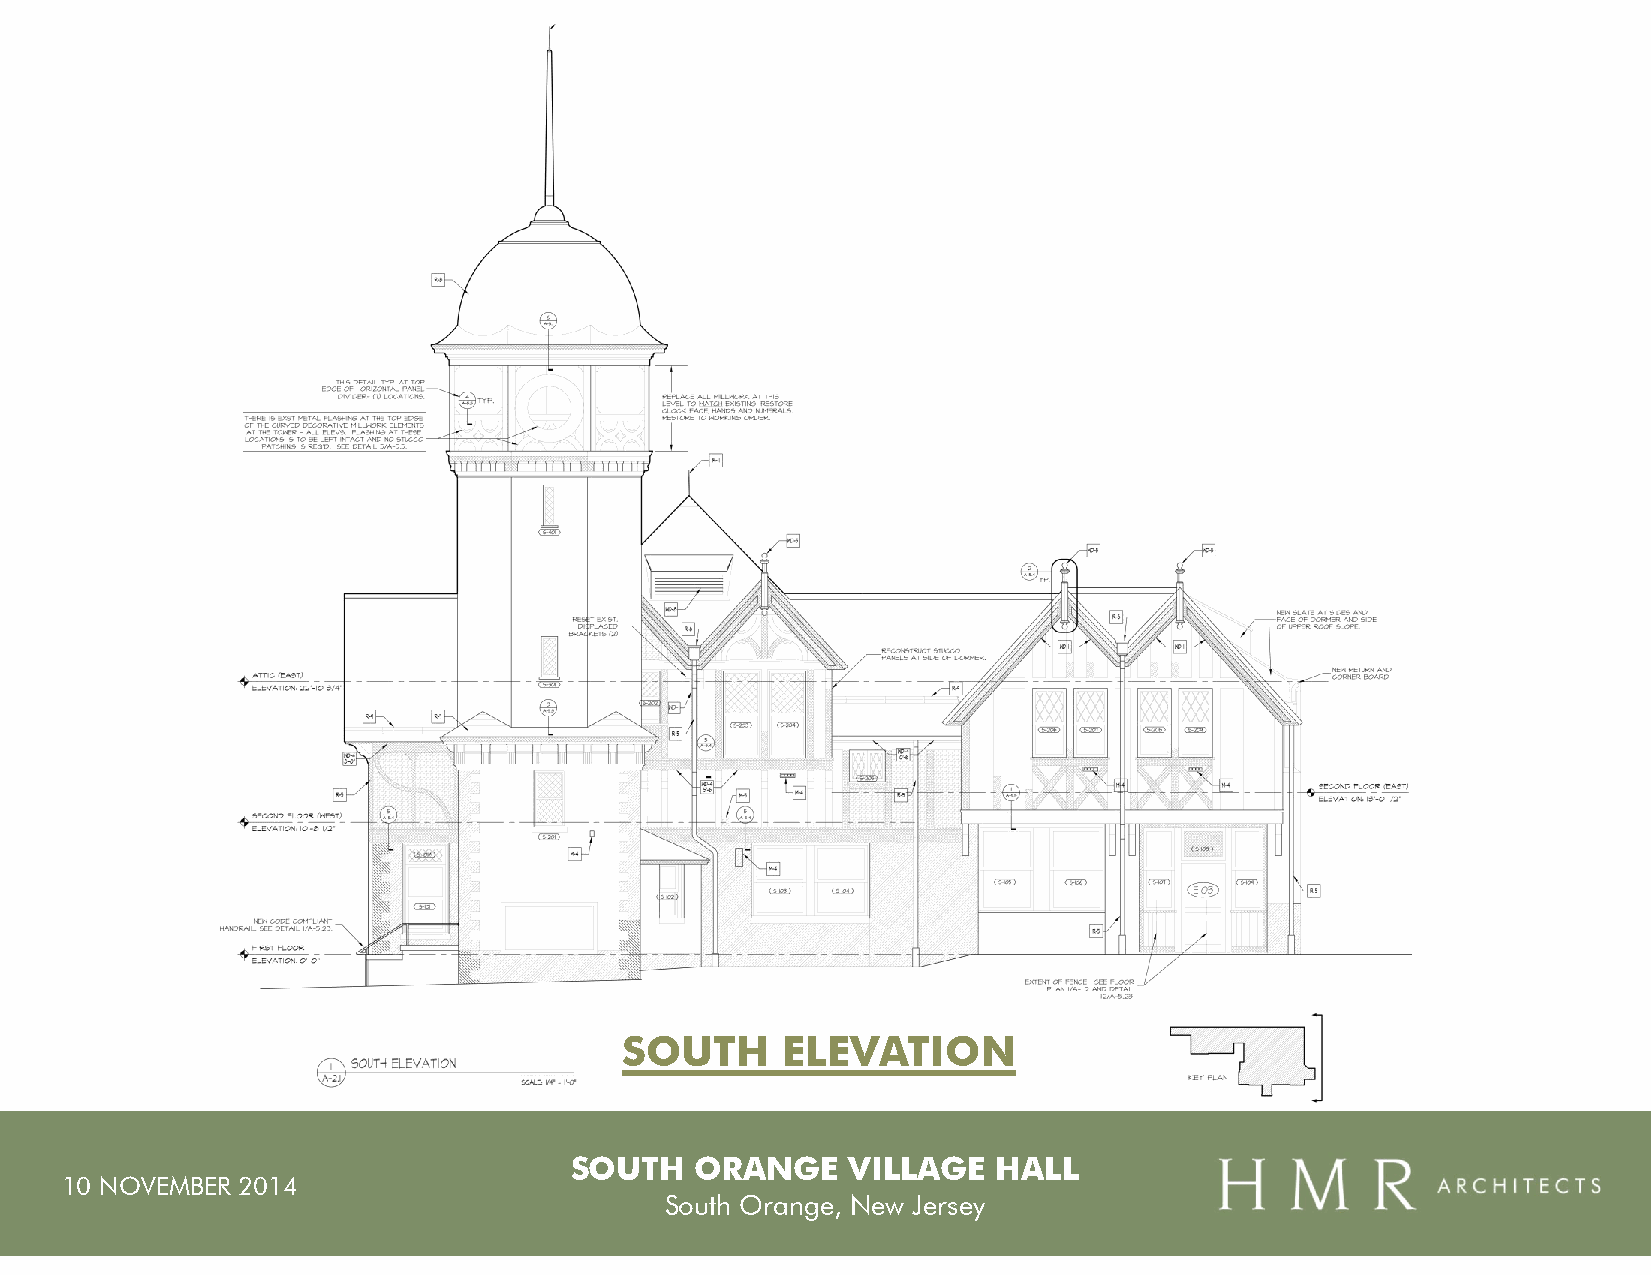
SOUTH      ELEVATION
 SOUTH   ORANGE    VILLAGE   HALL
 10 NOVEMBER 2014
 South Orange, New Jersey